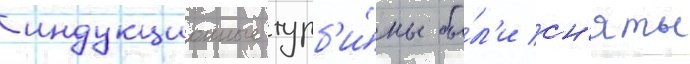
индукционные турб'и́ны бы́л'и сн'яты